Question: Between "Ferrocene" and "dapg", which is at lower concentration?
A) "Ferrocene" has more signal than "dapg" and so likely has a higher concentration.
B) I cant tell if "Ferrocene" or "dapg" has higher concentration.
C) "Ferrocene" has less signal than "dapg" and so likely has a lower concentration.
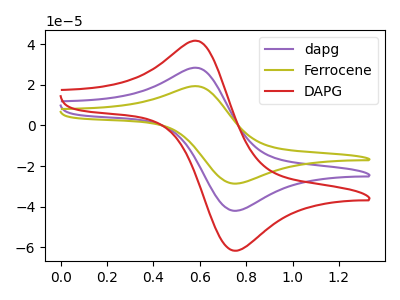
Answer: <think>The purple curve "dapg" has an anodic peak at (0.60V, 28.30uA) and a cathodic peak at (0.75V, -42.10uA). The olive curve "Ferrocene" has an anodic peak at (0.60V, 19.30uA) and a cathodic peak at (0.75V, -28.70uA). The red curve "DAPG" has an anodic peak at (0.60V, 56.65uA) and a cathodic peak at (0.75V, -84.20uA).
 All the peaks in "Ferrocene" have a peak in "dapg" at the same potential. Every peak in "Ferrocene" is lower than every peak in "dapg".</think>
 <answer>C) "Ferrocene" has less signal than "dapg" and so likely has a lower concentration.</answer>
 <eval>C</eval>